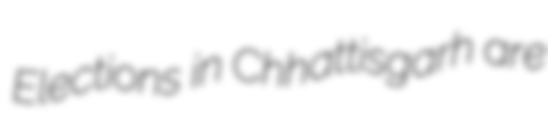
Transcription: Elections in Chhattisgarh are